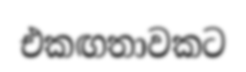
එකඟතාවකට